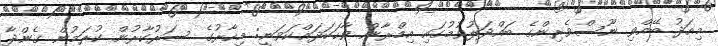
މިއަދު ބޭއްވި ނޫސްވެރިންގެ ބައްދަލުވުމުގައި އިމްރާން ވާހަކަދައްކަވަނީ: މިހާރުގެ ސަރުކާރުން ކުރަމުން ގެންދާ